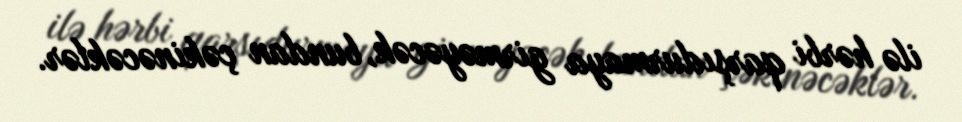
ilə hərbi qarşıdurmaya girməyəcək, bundan çəkinəcəklər.